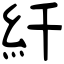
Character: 䊹